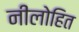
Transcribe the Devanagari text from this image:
नीलोहित